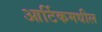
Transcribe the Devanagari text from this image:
आर्टिकमधील